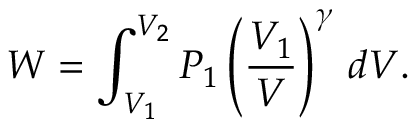
W = \int _ { V _ { 1 } } ^ { V _ { 2 } } P _ { 1 } \left( { \frac { V _ { 1 } } { V } } \right) ^ { \gamma } \, d V .